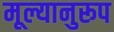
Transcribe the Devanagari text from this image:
मूल्यानुरूप